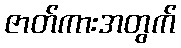
ဇာတ်ကားအတွက်